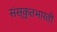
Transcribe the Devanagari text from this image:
संस्कृतभारती